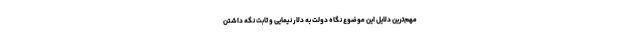
مهم‌ترین دلایل این موضوع نگاه دولت به دلار نیمایی و ثابت نگه داشتن